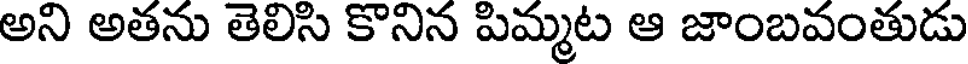
అని అతను తెలిసి కొనిన పిమ్మట ఆ జాంబవంతుడు